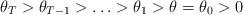
LaTeX: \begin{align*}\theta_T>\theta_{T-1}>\ldots>\theta_1>\theta=\theta_0>0\end{align*}